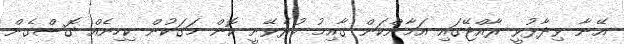
އޭނާ ވިދާޅުވީ ރާއްޖޭގައި އަމާންކަން ގާއިމު ކުރެވޭނީ ކޮން މަގަކުން ކިހިނެއް ގޮސްގެން